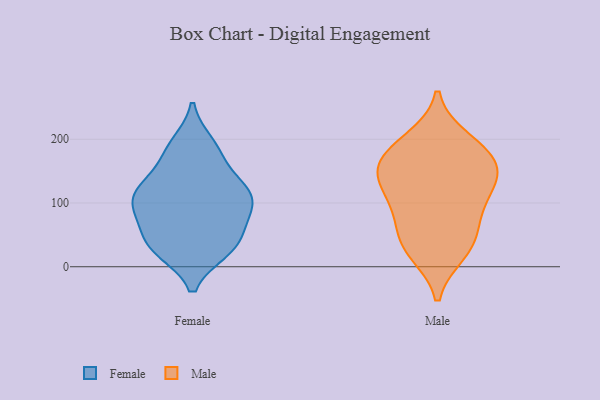
{"axis": {"x": "Conversion Rate (%)", "y": "Value"}, "legend": ["Female", "Male"], "data": [{"x": "", "y": 30, "type": "Female"}, {"x": "", "y": 26, "type": "Female"}, {"x": "", "y": 176, "type": "Female"}, {"x": "", "y": 192, "type": "Female"}, {"x": "", "y": 76, "type": "Female"}, {"x": "", "y": 27, "type": "Female"}, {"x": "", "y": 118, "type": "Female"}, {"x": "", "y": 47, "type": "Female"}, {"x": "", "y": 101, "type": "Female"}, {"x": "", "y": 131, "type": "Female"}, {"x": "", "y": 77, "type": "Female"}, {"x": "", "y": 108, "type": "Female"}, {"x": "", "y": 91, "type": "Female"}, {"x": "", "y": 182, "type": "Female"}, {"x": "", "y": 36, "type": "Female"}, {"x": "", "y": 119, "type": "Female"}, {"x": "", "y": 122, "type": "Female"}, {"x": "", "y": 121, "type": "Male"}, {"x": "", "y": 144, "type": "Male"}, {"x": "", "y": 38, "type": "Male"}, {"x": "", "y": 80, "type": "Male"}, {"x": "", "y": 184, "type": "Male"}, {"x": "", "y": 23, "type": "Male"}, {"x": "", "y": 84, "type": "Male"}, {"x": "", "y": 178, "type": "Male"}, {"x": "", "y": 34, "type": "Male"}, {"x": "", "y": 124, "type": "Male"}, {"x": "", "y": 199, "type": "Male"}, {"x": "", "y": 156, "type": "Male"}, {"x": "", "y": 152, "type": "Male"}]}